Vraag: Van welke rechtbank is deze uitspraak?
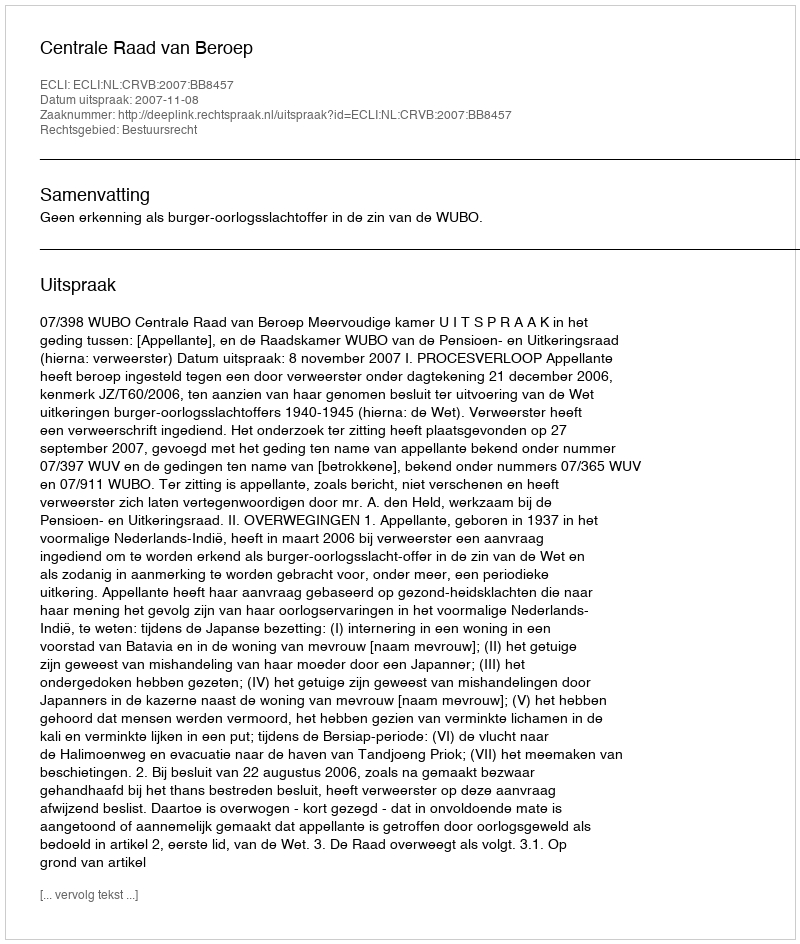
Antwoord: Centrale Raad van Beroep